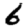
Digit: 6